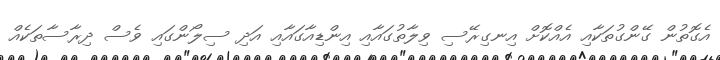
އެގޮތުން ގޭންގުތަކާއި އެއްކޮށް އިނގިރޭސި ވިލާތުގައާއި އިންޑިއާގައާއި އަދި ސިލޯންގައި ވެސް ދިރާސާތަކެއް